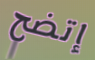
إتضح